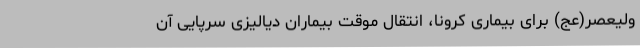
ولیعصر(عج) برای بیماری کرونا، انتقال موقت بیماران دیالیزی سرپایی آن